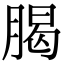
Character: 𣎅